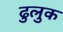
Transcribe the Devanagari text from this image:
ढुलुक